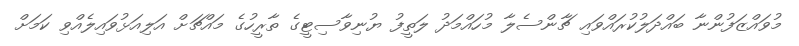
މުވައްޒަފުންނާ ބައްދަލުކުރައްވައި ޗާންސެލާ މުހައްމަދު ލަތީފު ޔުނިވާސިޓީގެ ތާރީހުގެ މައްޗަށް އަލިއަޅުވައިލެއްވި ކަމަށް